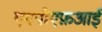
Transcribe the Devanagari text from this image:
एमपीएफ़आई